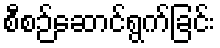
စီစဉ်ဆောင်ရွက်ခြင်း